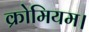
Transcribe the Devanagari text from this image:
क्रोमियम।